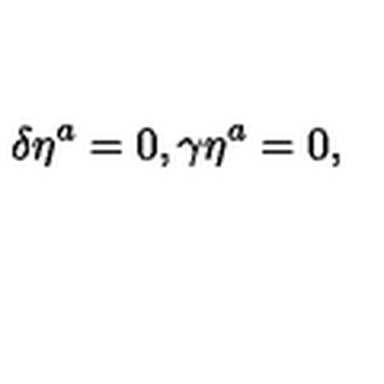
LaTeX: \delta \eta ^ { a } = 0 , \gamma \eta ^ { a } = 0 ,